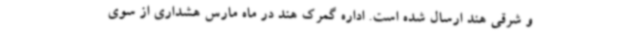
و شرقی هند ارسال شده است. اداره گمرک هند در ماه مارس هشداری از سوی